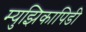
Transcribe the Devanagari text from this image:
म्युझिकापिडी